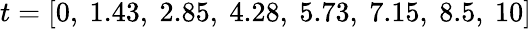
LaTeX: t=[0,\ 1.43,\ 2.85,\ 4.28,\ 5.73,\ 7.15,\ 8.5,\ 10]